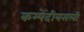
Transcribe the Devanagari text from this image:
कम्पेंदीयसली